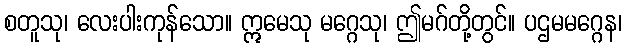
စတူသု၊ လေးပါးကုန်သော။ ဣမေသု မဂ္ဂေသု၊ ဤမဂ်တို့တွင်။ ပဌမမဂ္ဂေန၊